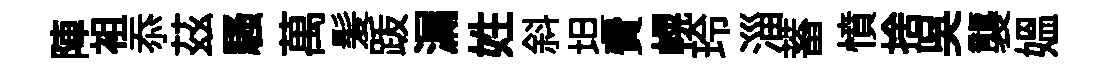
陣袓忝茲騷萬髪䟦漏姓斜坦費幌玲淄蓄憤捨吳襲媪